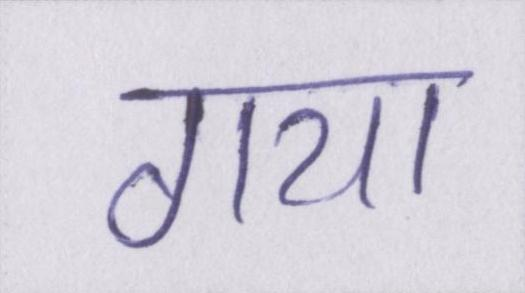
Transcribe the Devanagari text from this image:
गया